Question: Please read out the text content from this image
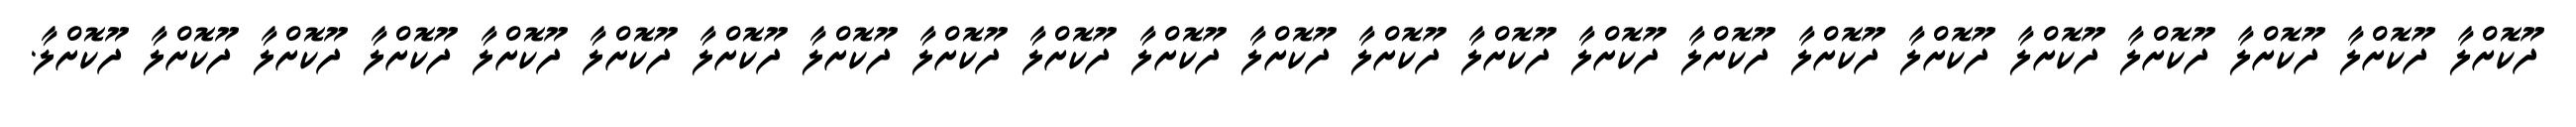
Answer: ދޫކޮށްލާ ދޫކޮށްލާ ދޫކޮށްލާ ދޫކޮށްލާ ދޫކޮށްލާ ދޫކޮށްލާ ދޫކޮށްލާ ދޫކޮށްލާ ދޫކޮށްލާ ދޫކޮށްލާ ދޫކޮށްލާ ދޫކޮށްލާ ދޫކޮށްލާ ދޫކޮށްލާ ދޫކޮށްލާ ދޫކޮށްލާ ދޫކޮށްލާ ދޫކޮށްލާ ދޫކޮށްލާ ދޫކޮށްލާ ދޫކޮށްލާ ދޫކޮށްލާ ދޫކޮށްލާ.